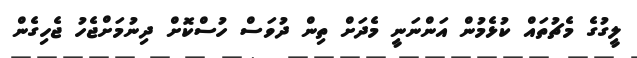
ލީގުގެ މެޗުތައް ކުޅެމުން އަންނަނީ މެދަށް ތިން ދުވަސް ހުސްކޮށް ދިނުމަށްޖެހު ޖެހިގެން